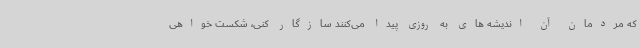
که مردمان آن اندیشه های به روزی پیدا می‌کنند سازگار کنی، شکست خواهی